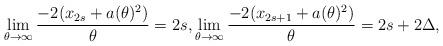
LaTeX: \begin{align*} \begin{aligned} \lim_{\theta\to\infty} \frac{-2(x_{2s}+a(\theta)^2)}{\theta} = 2s, \lim_{\theta\to\infty} \frac{-2(x_{2s+1}+a(\theta)^2)}{\theta} = 2s + 2\Delta, \end{aligned} \end{align*}